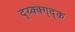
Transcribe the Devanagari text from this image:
द्य्क्क्ग्द्क